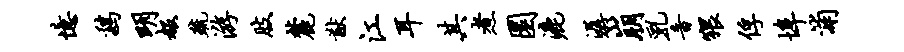
忆鸡明赧疏游肢麓猷江耳其煮圜漉潺崩乳音猥俘埠浦